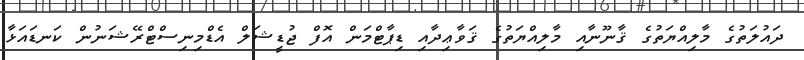
ދައުލަތުގެ މާލިއްޔަތުގެ ޤާނޫނާއި މާލިއްޔަތުގެ ޤަވާޢިދާއި ޑިޕާޓްމަން އޮފް ޖުޑީޝަލް އެޑްމިނިސްޓްރޭޝަނުން ކަނޑައަޅާ